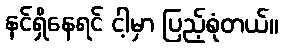
နင်ရှိနေရင် ငါ့မှာ ပြည့်စုံတယ်။